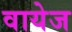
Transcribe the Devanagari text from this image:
वायेज